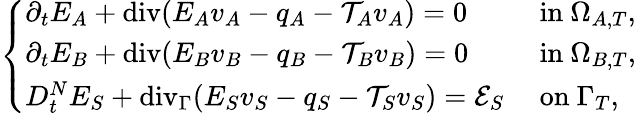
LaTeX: \left\{ \begin{array}{ll}{\partial_{t}E_{A}+\mathrm{{div}}(E_{A}v_{A}-q_{A}-\mathcal{T}_{A}v_{A})=0}&{\mathrm{~in~}\Omega_{A,T},}\\ {\partial_{t}E_{B}+{\mathrm{div}}(E_{B}v_{B}-q_{B}-\mathcal{T}_{B}v_{B})=0}&{\mathrm{~in~}\Omega_{B,T},}\\ {D_{t}^{N}E_{S}+\mathrm{{div}}_{\Gamma}(E_{S}v_{S}-q_{S}-\mathcal{T}_{S}v_{S})=\mathcal{E}_{S}}&{\mathrm{~on~}\Gamma_{T},}\end{array}\right.